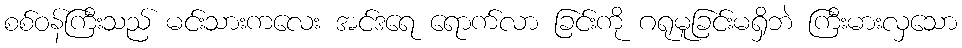
စစ်ဝန်ကြီးသည် မင်းသားကလေး အင်ဒရေ ရောက်လာ ခြင်းကို ဂရုမူခြင်းမရှိဘဲ ကြီးမားလှသော